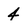
Character: 4